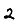
Digit: 2